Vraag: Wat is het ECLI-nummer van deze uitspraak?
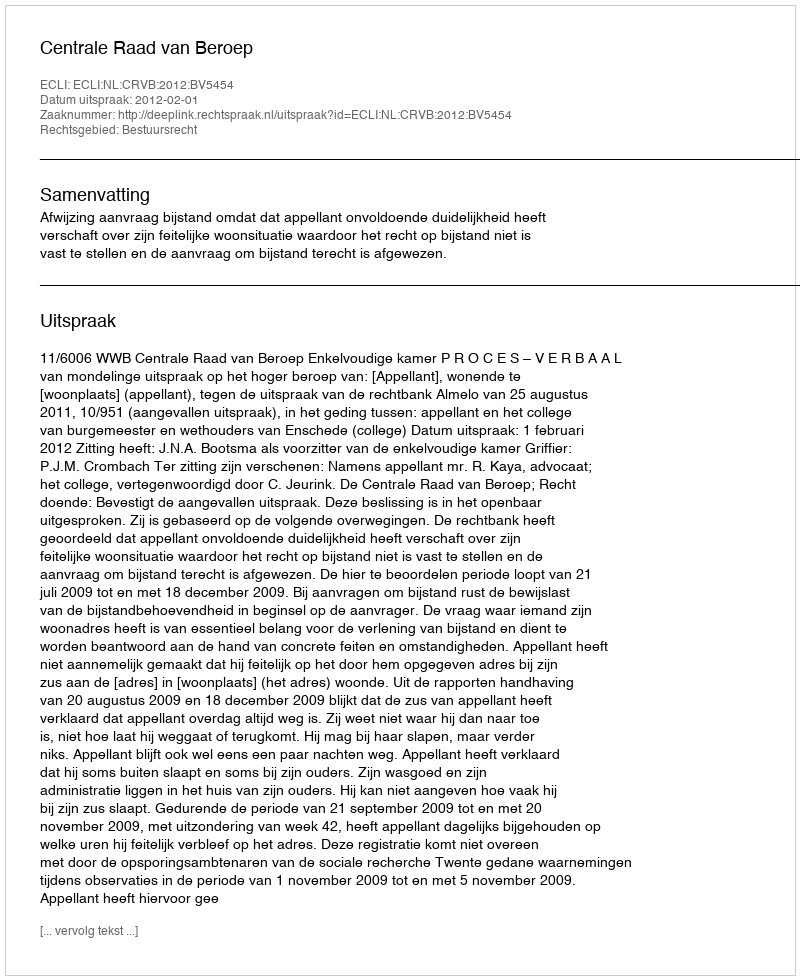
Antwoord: ECLI:NL:CRVB:2012:BV5454